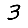
Digit: 3